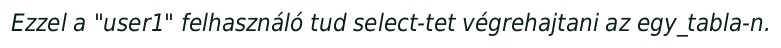
Ezzel a "user1" felhasználó tud select-tet végrehajtani az egy_tabla-n.